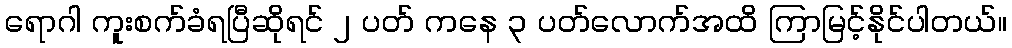
ရောဂါ ကူးစက်ခံရပြီဆိုရင် ၂ ပတ် ကနေ ၃ ပတ်လောက်အထိ ကြာမြင့်နိုင်ပါတယ်။